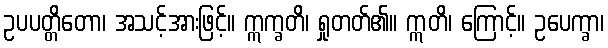
ဥပပတ္တိတော၊ အသင့်အားဖြင့်။ ဣက္ခတိ၊ ရှုတတ်၏။ ဣတိ၊ ကြောင့်။ ဥပေက္ခာ၊